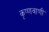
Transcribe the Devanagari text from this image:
कृष्णवाणी